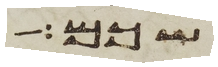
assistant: שכם